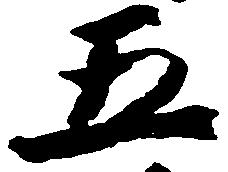
五